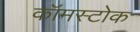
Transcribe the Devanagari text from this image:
कॉमस्टोक